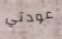
عودتي